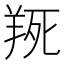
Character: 𦎄